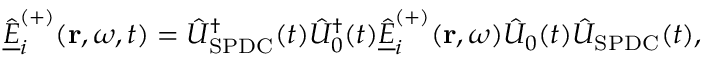
\underline { { \hat { E } } } _ { i } ^ { ( + ) } ( \mathbf { r } , \omega , t ) = \hat { U } _ { \mathrm { S P D C } } ^ { \dagger } ( t ) \hat { U } _ { 0 } ^ { \dagger } ( t ) \underline { { \hat { E } } } _ { i } ^ { ( + ) } ( \mathbf { r } , \omega ) \hat { U } _ { 0 } ( t ) \hat { U } _ { \mathrm { S P D C } } ( t ) ,